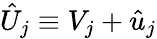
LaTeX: \hat{U}_{j}\equiv V_{j}+\hat{u}_{j}